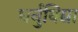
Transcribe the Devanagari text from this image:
धर्नुविद्या